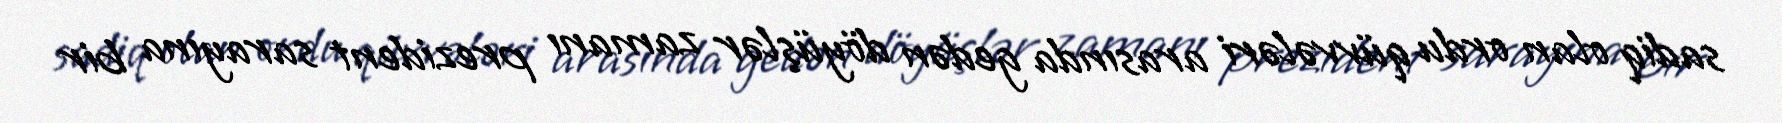
sadiq olan ordu qüvvələri arasında gedən döyüşlər zamanı prezident sarayına bir